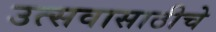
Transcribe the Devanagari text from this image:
उत्सवासाठीचे